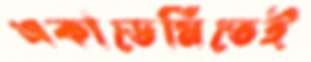
একাডেমিতেই